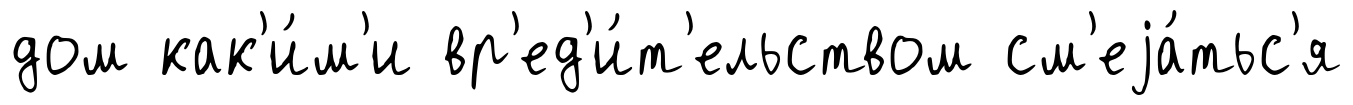
дом как'и́м'и вр'ед'и́т'ельством см'еjа́тьс'я